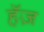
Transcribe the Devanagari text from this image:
हॅज़